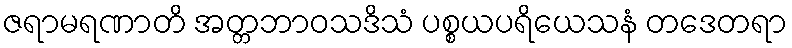
ဇရာမရဏာတိ အတ္တဘာဝသဒိသံ ပစ္စယပရိယေသနံ တဒေတရာ